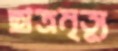
ছাত্রমৃত্যু